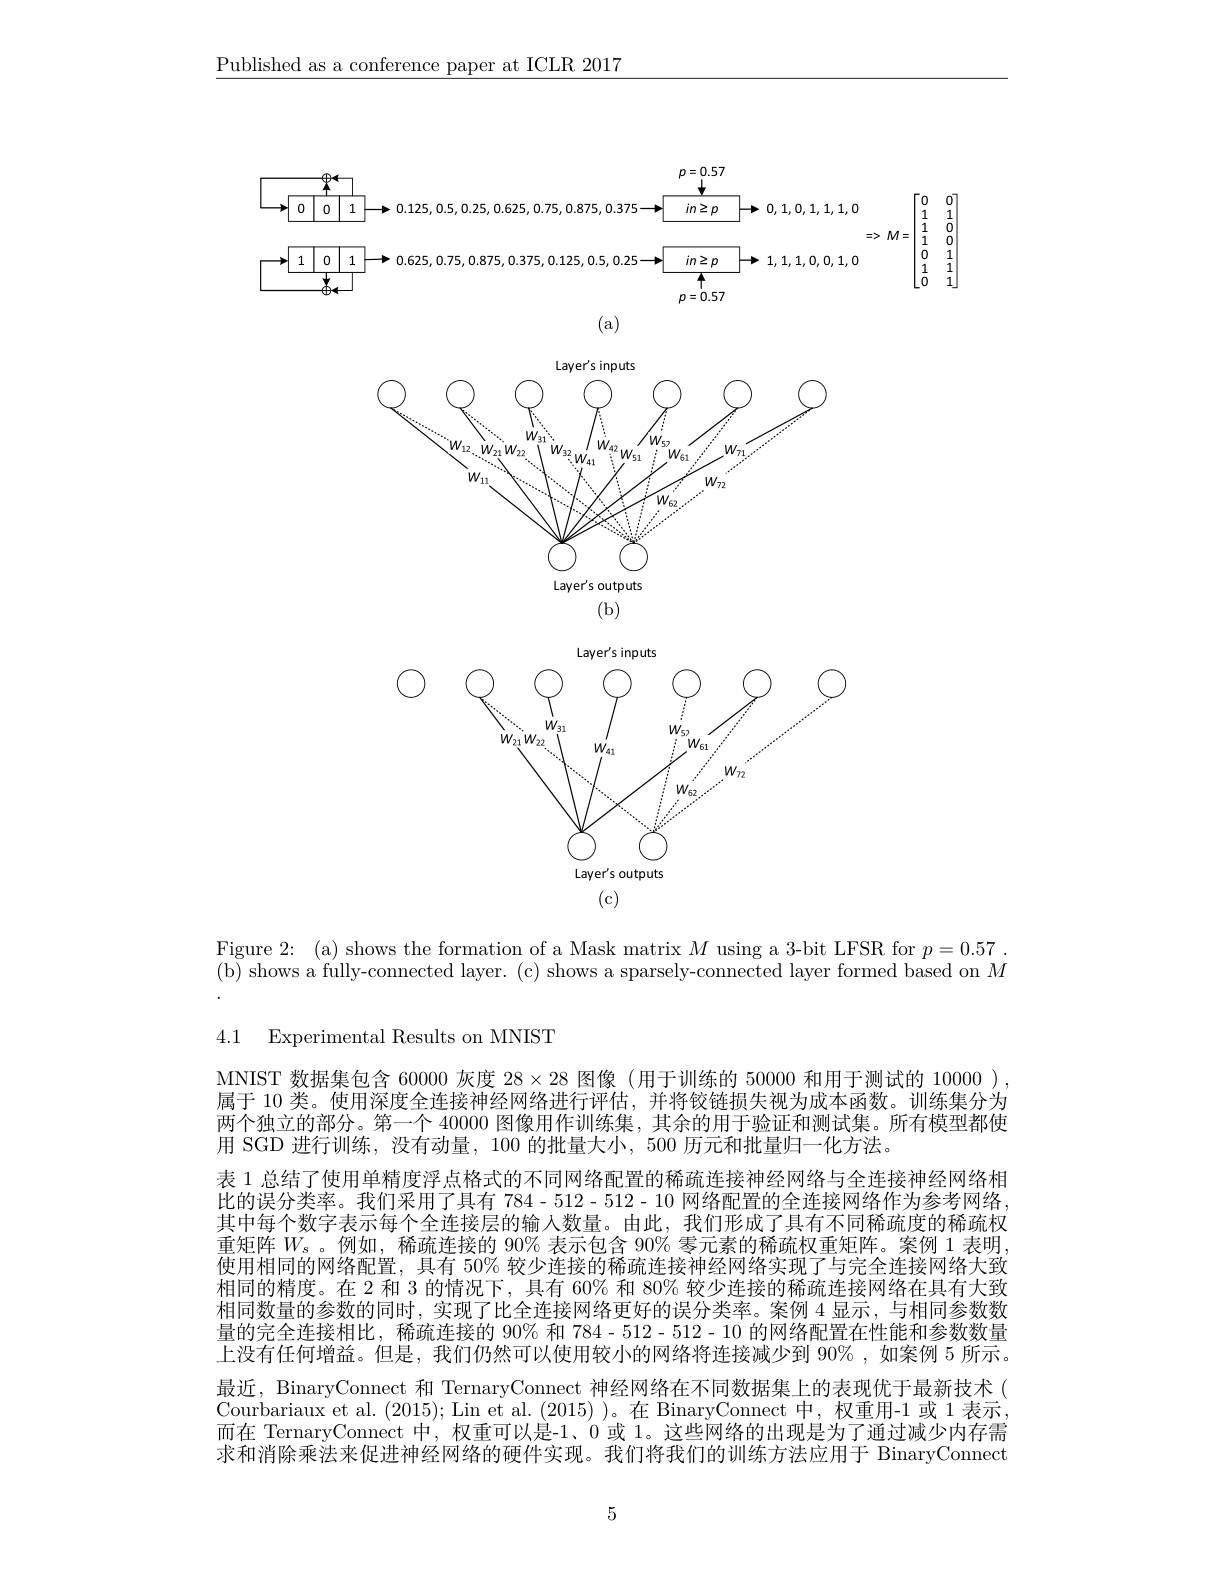
$\underline{\text{Published as a conference paper at ICLR 2017}}$

<FigureHere>

Figure 2: (a) shows the formation of a Mask matrix $M$ using a 3-bit LFSR for $p=0.57.$

(b) shows a fully-connected layer. (c) shows a sparsely-connected layer formed based on $M$

4.1 Experimental Results on MNIST

MNIST 数据集包含 60000 灰度$28\times28$图像(用于训练的 50000 和用于测试的 10000 ), 属于 10 类。使用深度全连接神经网络进行评估，并将铰链损失视为成本函数。训练集分为两个独立的部分。第一个 40000 图像用作训练集，其余的用于验证和测试集。所有模型都使用 SGD 进行训练，没有动量，100 的批量大小，500 历元和批量归一化方法。
表 1 总结了使用单精度浮点格式的不同网络配置的稀疏连接神经网络与全连接神经网络相比的误分类率。我们采用了具有784-512-512-10网络配置的全连接网络作为参考网络， 其中每个数字表示每个全连接层的输入数量。由此，我们形成了具有不同稀疏度的稀疏权重矩阵$W_s$。例如，稀疏连接的 90% 表示包含 90% 零元素的稀疏权重矩阵。案例 1 表明使用相同的网络配置，具有 50% 较少连接的稀疏连接神经网络实现了与完全连接网络大致相同的精度。在 2 和 3 的情况下，具有 60% 和 80% 较少连接的稀疏连接网络在具有大致相同数量的参数的同时，实现了比全连接网络更好的误分类率。案例 4 显示，与相同参数数量的完全连接相比，稀疏连接的 90% 和784-512-512-10的网络配置在性能和参数数量上没有任何增益。但是，我们仍然可以使用较小的网络将连接减少到 90%,如案例 5 所示。最近，BinaryConnect 和 TernaryConnect 神经网络在不同数据集上的表现优于最新技术 ( Courbariaux et al. (2015); Lin et al. (2015) )。在 BinaryConnect 中，权重用-1 或 1 表示， 而在 TernaryConnect 中，权重可以是-1、0 或 1。这些网络的出现是为了通过减少内存需求和消除乘法来促进神经网络的硬件实现。我们将我们的训练方法应用于 BinaryConnect

5